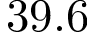
3 9 . 6